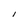
Character: i